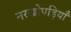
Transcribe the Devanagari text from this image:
नरखोपड़ियाँ